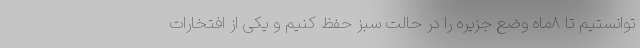
توانستیم تا ۸‌ماه وضع جزیره را در حالت سبز حفظ کنیم و یکی از افتخارات